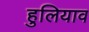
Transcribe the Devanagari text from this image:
हुलियाव